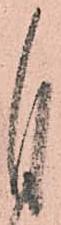
自